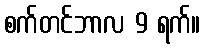
စက်တင်ဘာလ 9 ရက်။